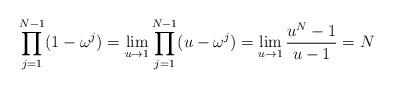
LaTeX: \begin{align*} \prod_{j=1}^{N-1}(1-\omega^j) = \lim_{u \to 1} \prod_{j=1}^{N-1}(u-\omega^j) = \lim_{u \to 1}\frac{u^N - 1}{u-1} = N\end{align*}